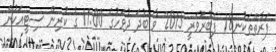
ފަރާތްތަކުނ18 ފެބުރުވަރީ 2015 ވާ ބުދަ ދުވަހުގެ 11:00 ގެ ކުރިން ސިޓީއަކުން